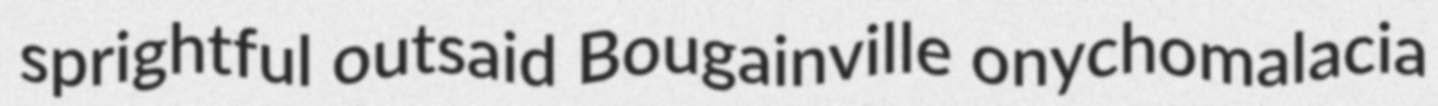
sprightful outsaid Bougainville onychomalacia